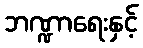
ဘဏ္ဍာရေးနှင့်